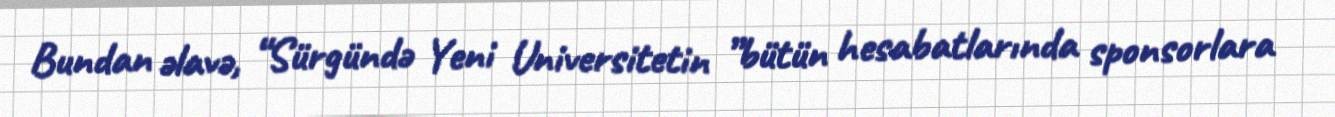
Bundan əlavə, “Sürgündə Yeni Universitetin ”bütün hesabatlarında sponsorlara